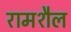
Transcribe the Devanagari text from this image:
रामशैल